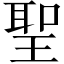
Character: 聖